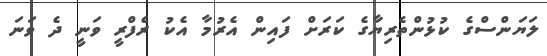
ލަޔަންސްގެ ކުޅުންތެރިޔާގެ ކަރަށް ފައިން އެރުމާ އެކު ރެފްރީ ވަނީ ދެ ވަނަ